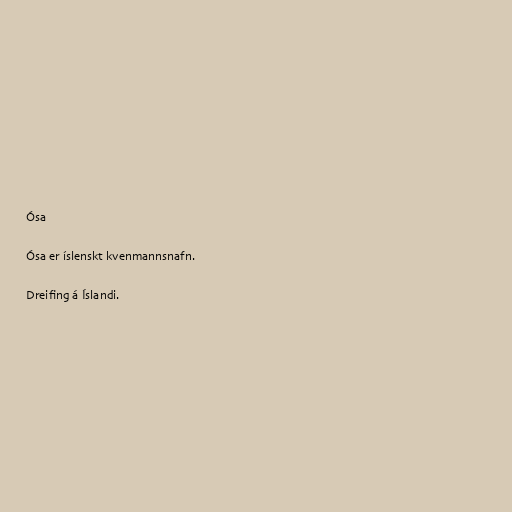
Ósa

Ósa er íslenskt kvenmannsnafn.

Dreifing á Íslandi.